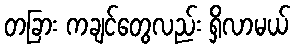
တခြား ကချင်တွေလည်း ရှိလာမယ်